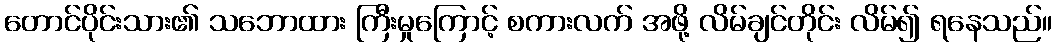
တောင်ပိုင်းသား၏ သဘောထား ကြီးမှုကြောင့် စကားလက် အဖို့ လိမ်ချင်တိုင်း လိမ်၍ ရနေသည်။